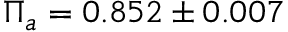
\Pi _ { a } = 0 . 8 5 2 \pm 0 . 0 0 7